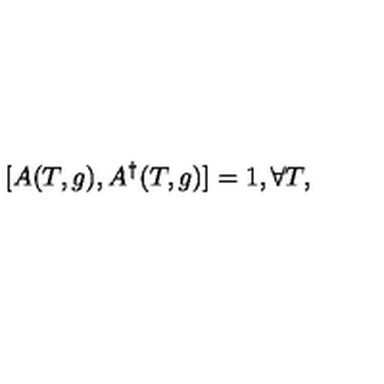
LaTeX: [ A ( T , g ) , A ^ { \dag } ( T , g ) ] = 1 , \forall T ,